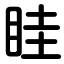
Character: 眭